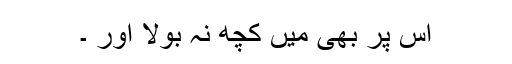
اس پر بھی میں کچھ نہ بولا اور ۔